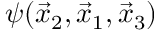
\psi ( \vec { x } _ { 2 } , \vec { x } _ { 1 } , \vec { x } _ { 3 } )